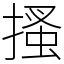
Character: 搔